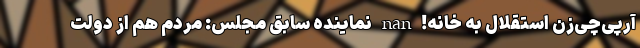
آرپی‌چی‌زن استقلال به خانه! nan نماینده سابق مجلس: مردم هم از دولت